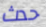
حدث